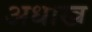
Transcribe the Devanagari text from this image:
अधाख